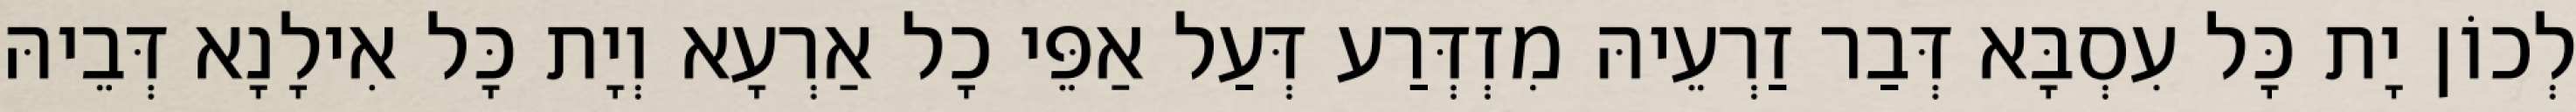
לְכוֹן יָת כָּל עִסְבָּא דְּבַר זַרְעֵיהּ מִזְדְּרַע דְּעַל אַפֵּי כָל אַרְעָא וְיָת כָּל אִילָנָא דְּבֵיהּ